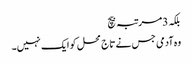
بلکہ 3مرتبہ بیچ
وہ آدمی جس نے تاج محل کو ایک نہیں۔